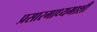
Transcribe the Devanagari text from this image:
प्रसारमाध्यमाशी